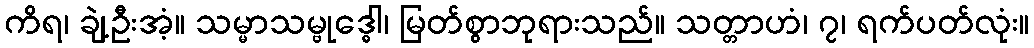
ကိရ၊ ချဲ့ဦးအံ့။ သမ္မာသမ္ဗုဒ္ဓေါ၊ မြတ်စွာဘုရားသည်။ သတ္တာဟံ၊ ၇၊ ရက်ပတ်လုံး။